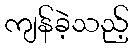
ကျန်ခဲ့သည့်